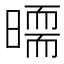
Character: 𣊵